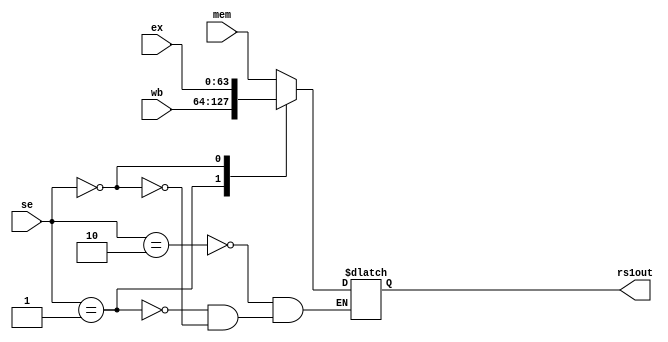
module forward_muxA ( 	ex,
								mem,
								wb,
								se,
								rs1out
								);
								
input wire[63:0] ex;
input wire[63:0] mem;
input wire[63:0] wb;
input wire[1:0] se;

output reg[63:0] rs1out;

always @(*)
begin
	case(se)
		2'b10:rs1out <= mem;
		2'b01:rs1out <= wb;
		2'b00:rs1out <= ex;
	endcase
end

endmodule